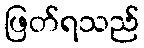
ဖြတ်ရသည်